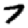
Digit: 7